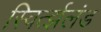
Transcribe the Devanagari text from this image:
स्विर्त्झलंड